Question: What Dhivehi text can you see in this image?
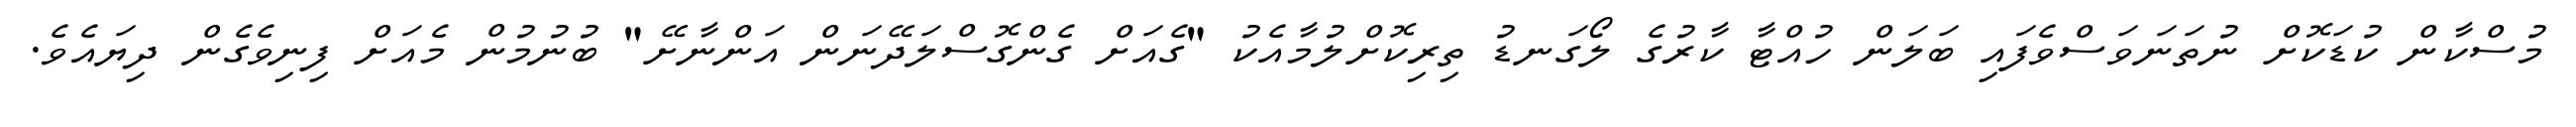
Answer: މުސްކާން ކުޑަކޮށް ނުތަނަވަސްވެފައި ބަލަން ހުއްޓާ ކާރުގެ ލޯގަނޑު ތިރިކޮށްލުމާއެކު "ގެއަށް ގެންގޮސްލަދޭނަން އަންނާށޭ" ބުނުމުން މެއަށް ފިނިވެގެން ދިޔައެވެ.